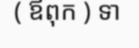
( ឪពុក ) ទា